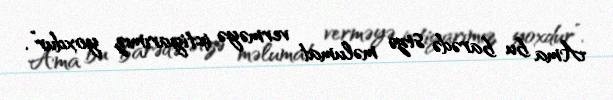
Ama bu barədə sizə məlumat verməyə ixtiyarımız yoxdur”.